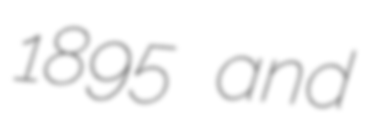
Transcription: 1895 and